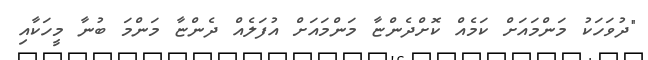
"ދުވަހަކު މަންމައަށް ކަމެއް ކޮށްދެންޏާ މަންމައަށް އުފަލެއް ދެންޏާ މަންމަ ބުނާ މީހަކާއި